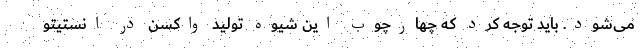
می‌شود. باید توجه کرد که چهارچوب این شیوه تولید واکسن در انستیتو